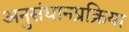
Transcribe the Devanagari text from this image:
अनुसंधानप्रक्रिया